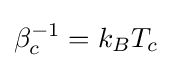
\beta _{c}^{-1}=k_{B}T_{c}